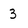
Character: 3